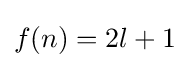
f(n)=2l+1